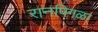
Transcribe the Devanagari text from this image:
रानपिगळा